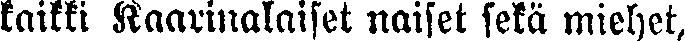
kaikki Kaarinalaiset naiset sekä miehet,